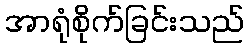
အာရုံစိုက်ခြင်းသည်